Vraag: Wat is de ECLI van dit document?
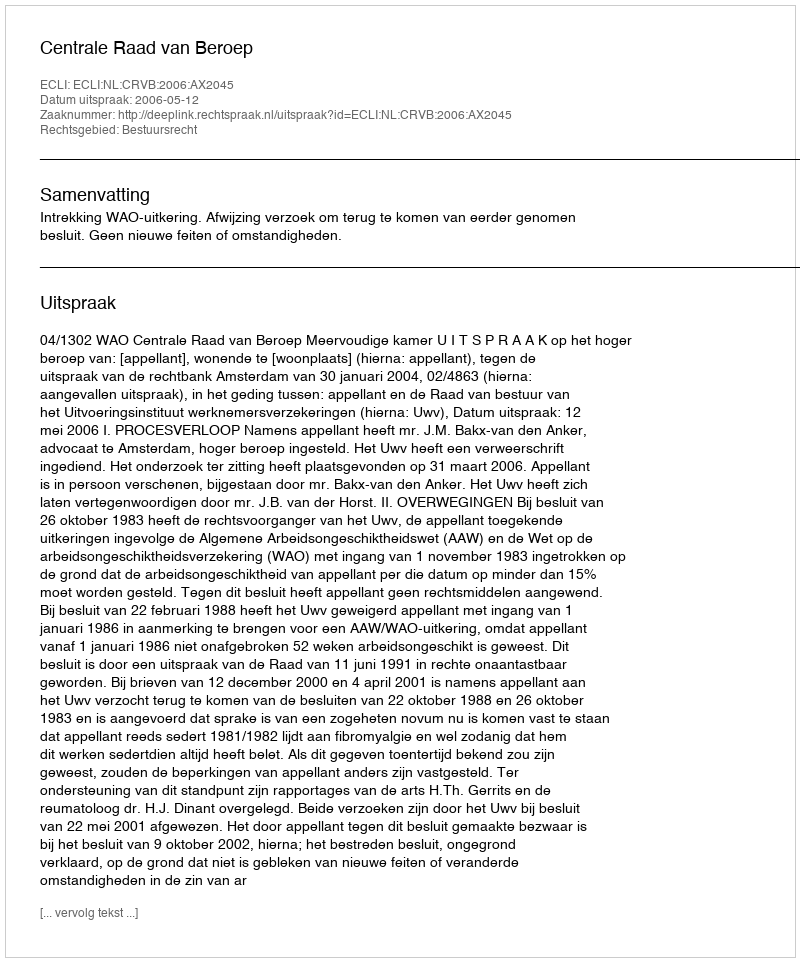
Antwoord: ECLI:NL:CRVB:2006:AX2045